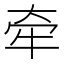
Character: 牵